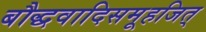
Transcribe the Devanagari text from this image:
बौद्धवादिसमूहजित्